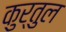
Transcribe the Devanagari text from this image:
कुर्तुल